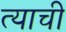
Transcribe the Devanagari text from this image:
त्‍याची